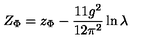
Z _ { \Phi } = z _ { \Phi } - \frac { 1 1 g ^ { 2 } } { 1 2 \pi ^ { 2 } } \ln \lambda \